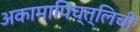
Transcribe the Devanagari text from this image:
अकामापिच्त्लिची